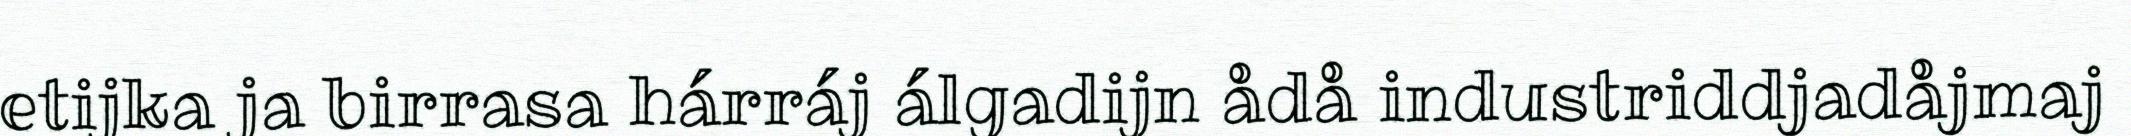
etijka ja birrasa hárráj álgadijn ådå industriddjadåjmaj